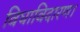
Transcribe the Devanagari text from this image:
विधाविदारण।